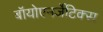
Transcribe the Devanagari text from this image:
बॉयोएनर्जेटिक्स